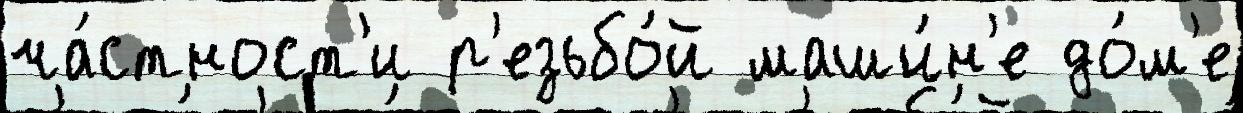
ча́стност'и р'езьбо́й маши́н'е до́м'е